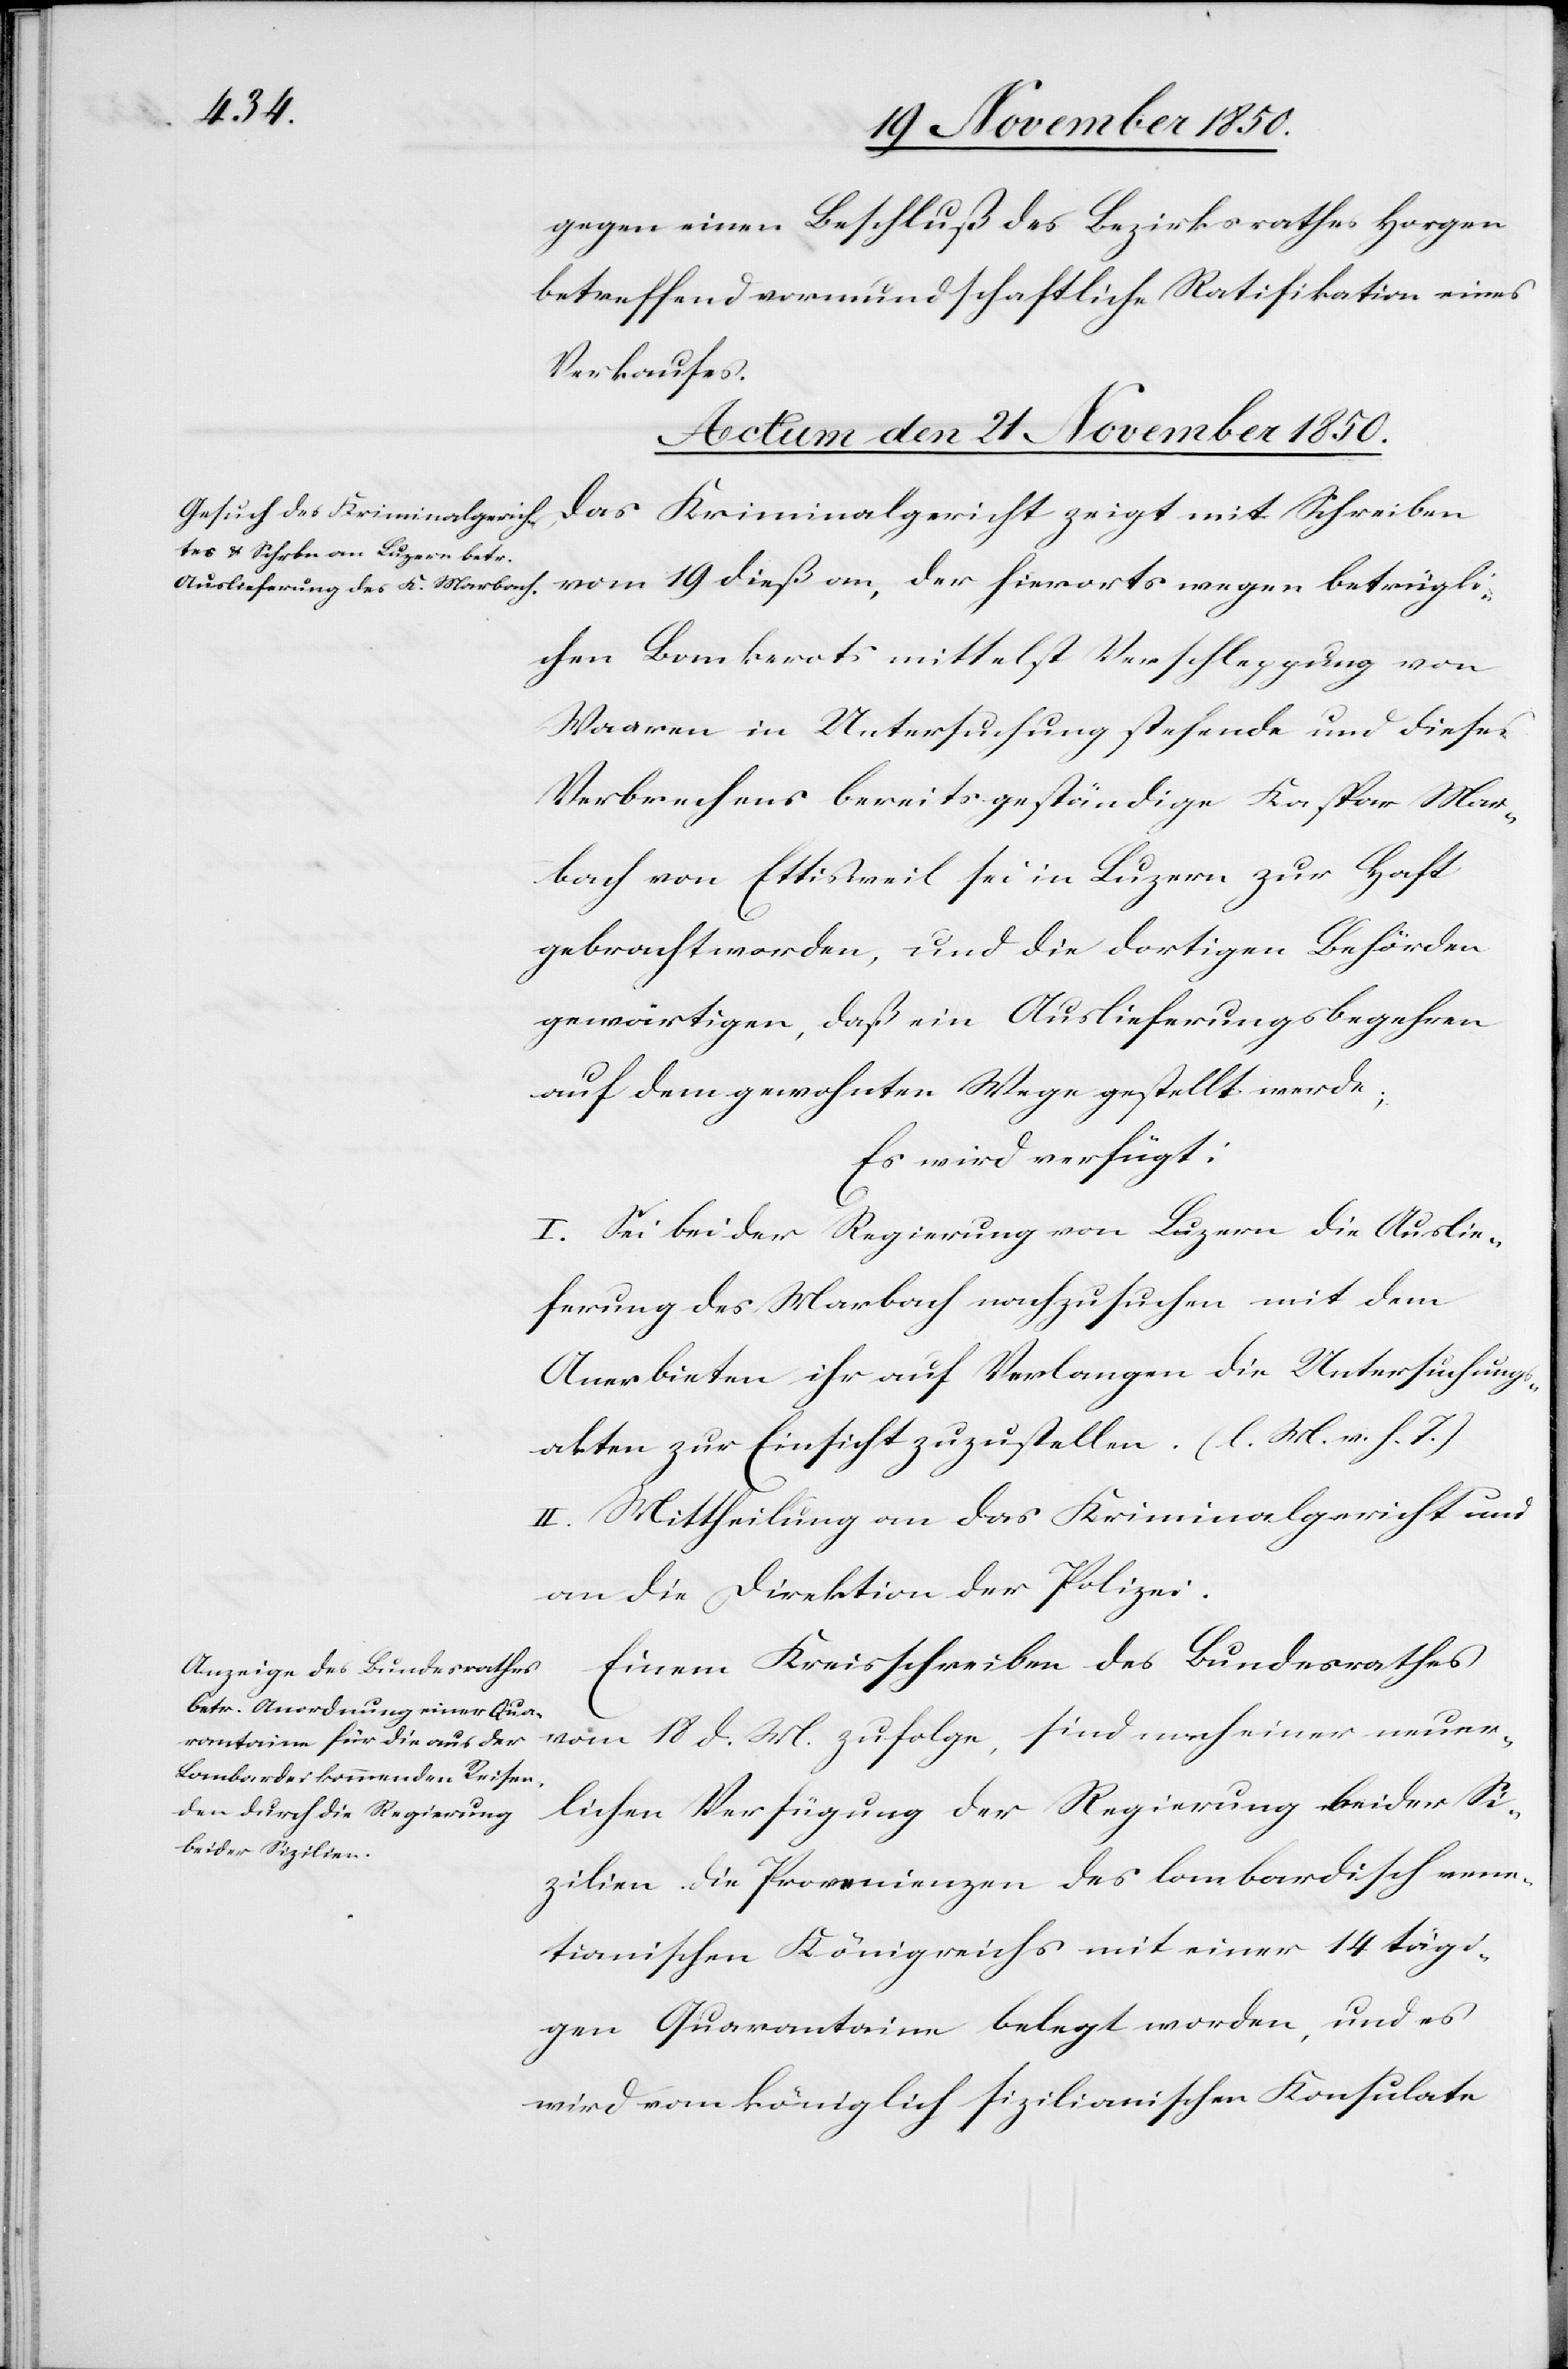
betrüg¬
gegen einen Beschluß des Bezirksrathes Horgen
betreffend vormundschaftliche Ratifikation eines
Verkaufes.
Actum den 21 November 1850.]
Das Kriminalgericht zeigt mit Schreiben
lichen Bankerots mittelst Verschleppung von
Waaren in Untersuchung stehende und dieses
Verbrechens bereits geständige Kaspar Mar¬
bach von Ettisweil sei in Luzern zur Haft
gebracht worden, und die dortigen Behörden
gewärtigen, daß ein Auslieferungsbegehren
auf dem gewohnten Wege gestellt werde;
Es wird verfügt:
I. Sei bei der Regierung von Luzern die Auslie¬
ferung des Marbach nachzusuchen mit dem
Anerbieten ihr auf Verlangen die Untersuchungs¬
akten zur Einsicht zuzustellen. (l. M. v. h. T.)
II. Mittheilung an das Kriminalgericht und
an die Direktion der Polizei.
Einem Kreisschreiben des Bundesrathes
vom 18 d. M. zufolge, sind nach einer neuer¬
lichen Verfügung der Regierung bieder Si¬
zilien die Provenienzen des lombardisch vene¬
tianischen Königreichs mit einer 14 tägi¬
gen Quarantaine belegt worden, und es
wird vom königlich sizilianischen Konsulate